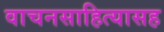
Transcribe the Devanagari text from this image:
वाचनसाहित्यासह